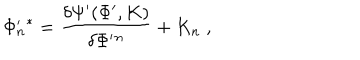
LaTeX: \Phi _ { n } ^ { \prime } { } ^ { * } = \frac { \delta \Psi ^ { \prime } ( \Phi ^ { \prime } , K ) } { \delta \Phi ^ { \prime } { } ^ { n } } + K _ { n } \; ,